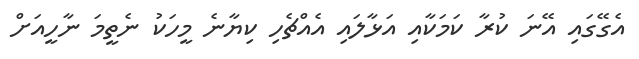
އެގޭގައި އޭނަ ކުރާ ކަމަކާއި އަޅާލައި އެއްޗެހި ކިޔާނެ މީހަކު ނެތީމަ ނާހީއަށް